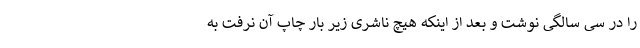
را در سی سالگی نوشت و بعد از اینکه هیچ ناشری زیر بار چاپ آن نرفت به